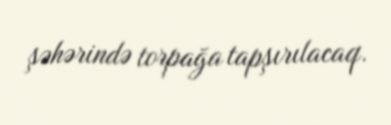
şəhərində torpağa tapşırılacaq.